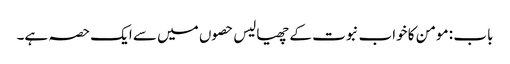
باب : مومن کا خواب نبوت کے چھیالیس حصوں میں سے ایک حصہ ہے۔